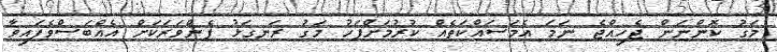
މަގު ކޮންނަން ޖެހިއްޖެ ނަމަ އެމަސައްކަތެއް ކުރުމަށްފަހު މަގު ރަނގަޅު ފެންވަރަކަށް އެއްބަސްވެފައިވާ